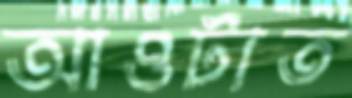
আওটাত